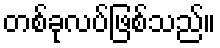
တစ်ခုလပ်ဖြစ်သည်။